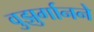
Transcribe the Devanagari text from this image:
वुझुर्गानने